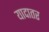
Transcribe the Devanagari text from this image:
यादातर